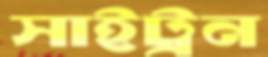
সাইট্রন